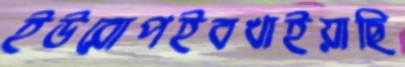
ইউরোপইবখাইয়াছি